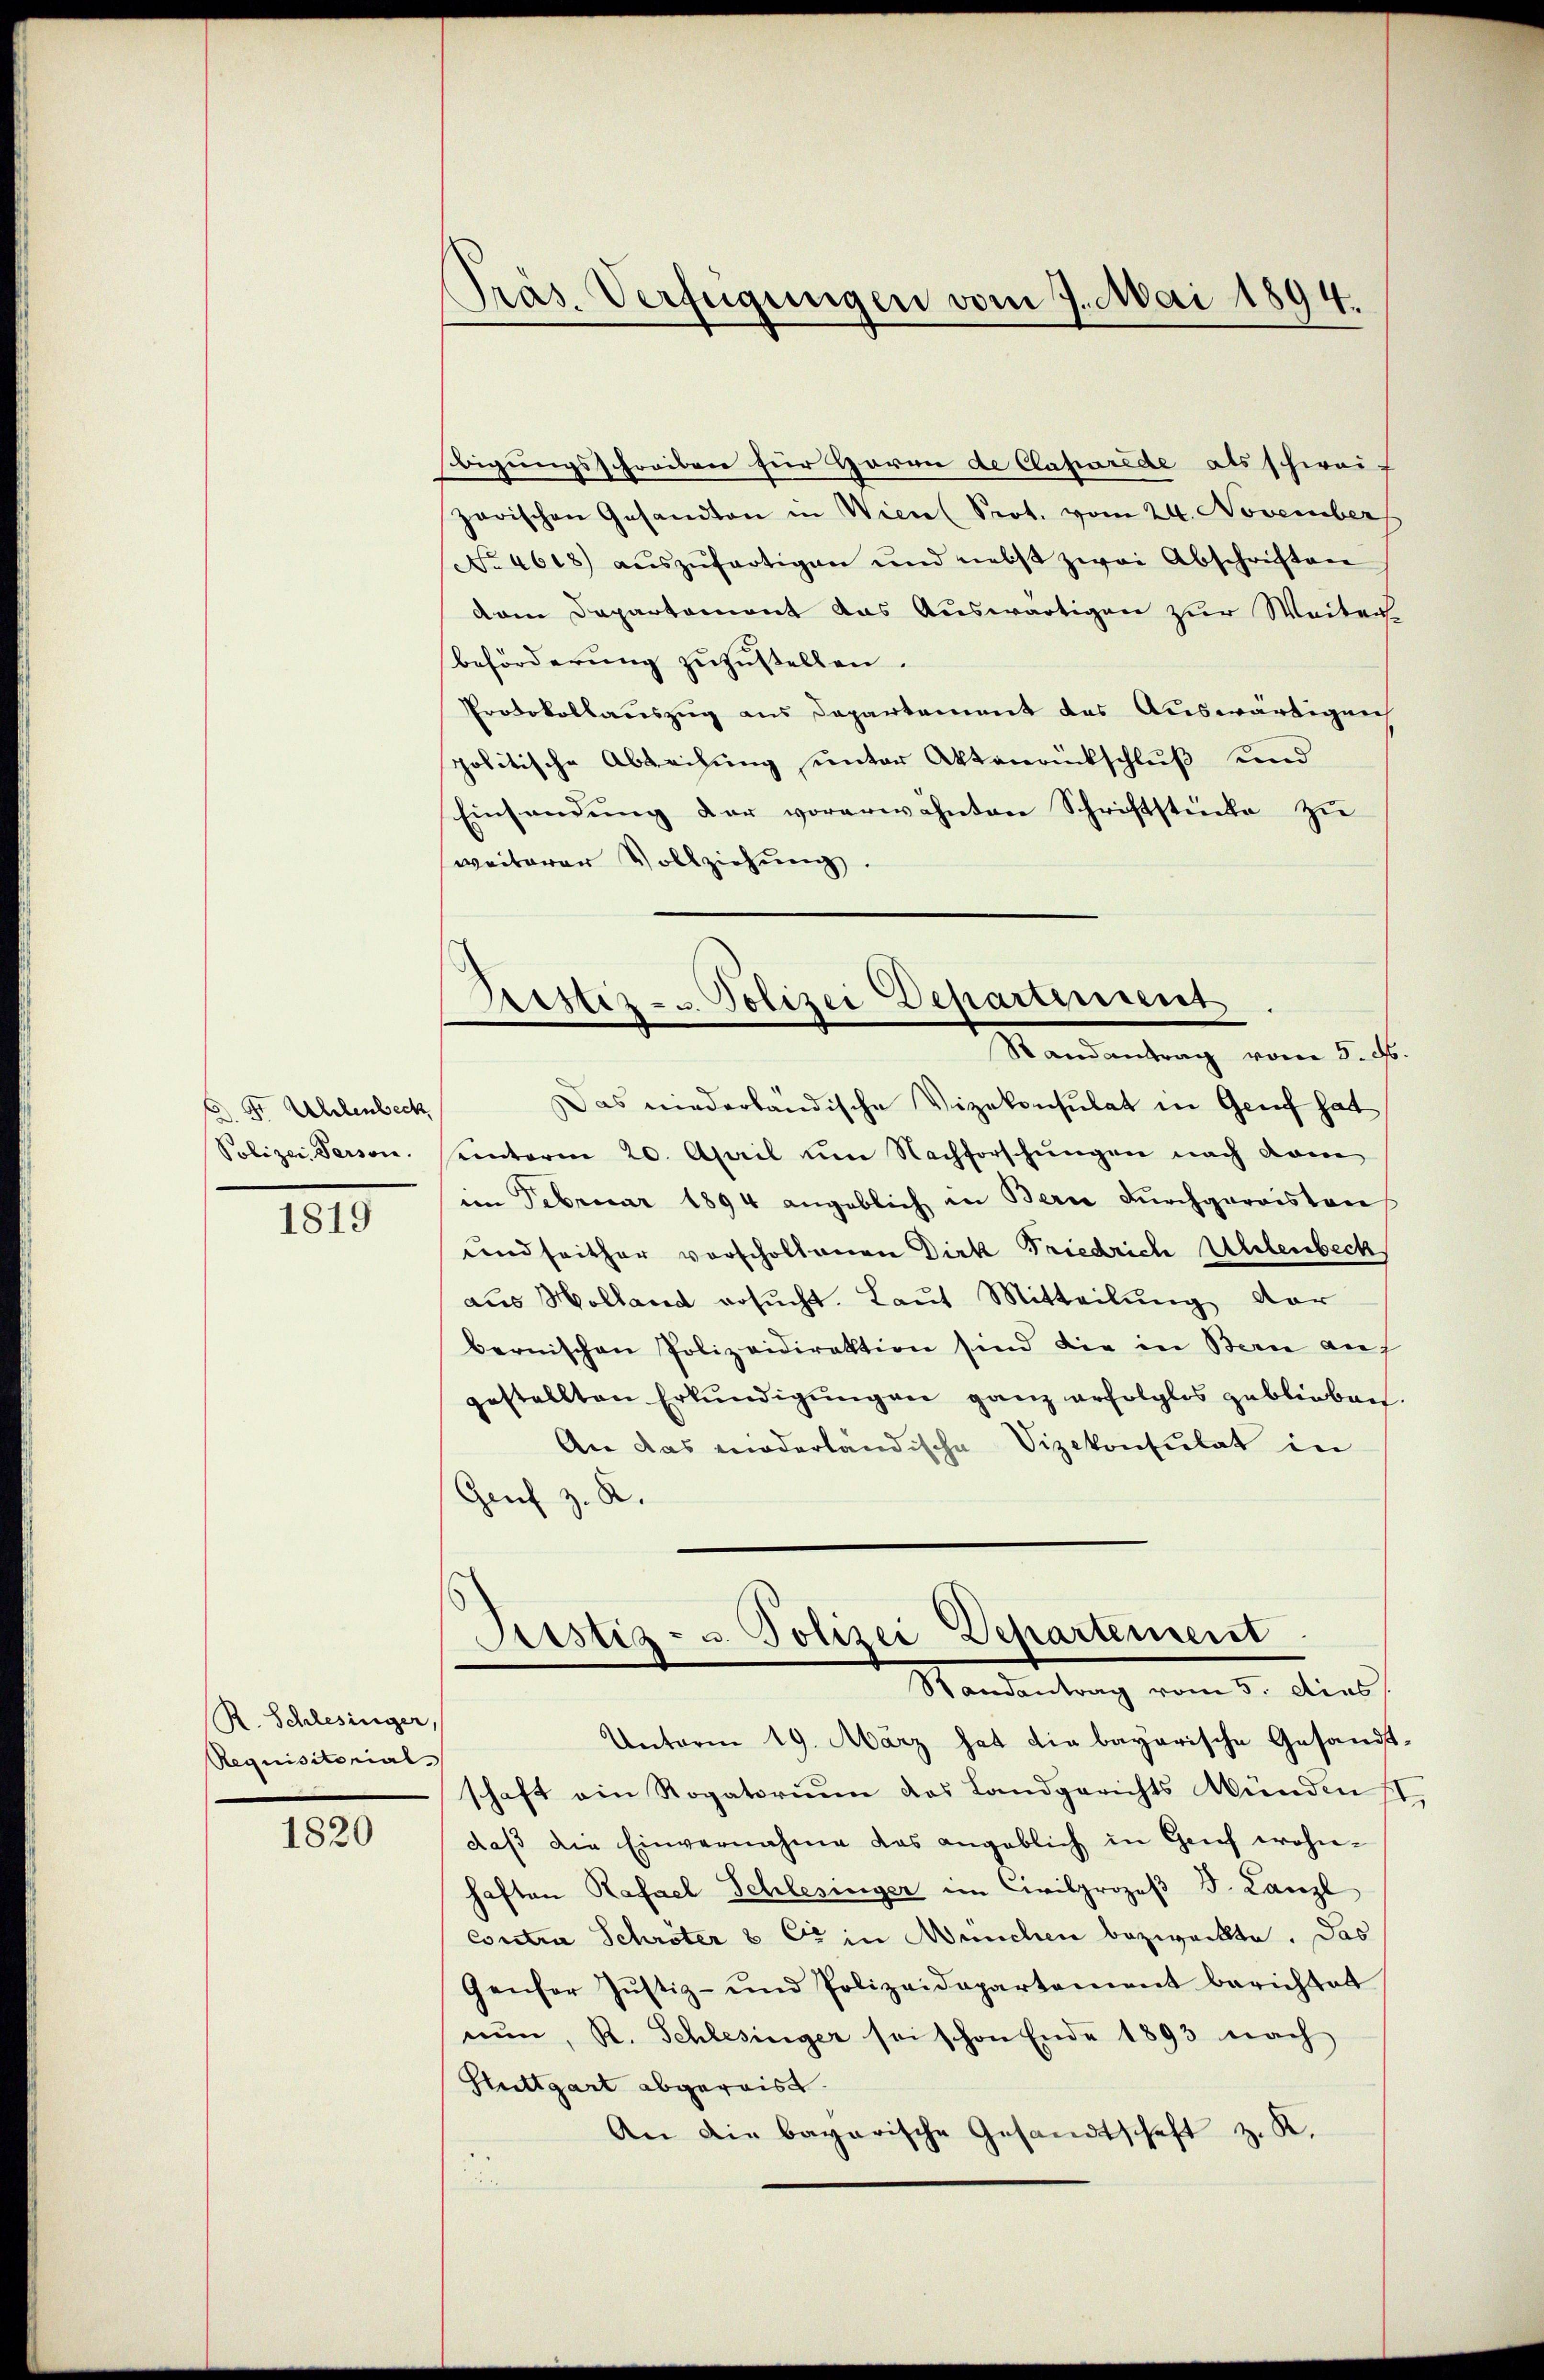
C.Fr Uhlenbeck
Polizei Persone.

1819

R. Schlesinger,
Requisitorial

1820

Präs. Verfügungen vom 7. Mai 1894.

bigungsschreiben für Herrn de Classurede als schweif
zarischen Gesandten in Wien (Seot. vom 24. November
No 4618 aŭszŭfertigen und nebst zwei Abschriften
dam Departement das Auswärtigen zur Weiten
beförderung zuzustellen.
Prodekollauszug aus Departement des Auswärtigen
politische Abbrechung unter Aktenantschluß und
Einsendung der vorerwähnten Schriftstücke zu
weiterer Vollziehung.
Das niederländische Vizekonsulat in Genf hat
sainterm 20. April um Nachforschungen nach dam
im Februar 1894 angeblich in Bern durchgarvisten
und seither vorscholtenen Dick Friedrich Uhlenbeck
aus Holland ersŭcht. Laut Mitteilung dar
bernischen Polizeidirektion sind die in Berne auf
gestellten Erkundigungen ganz erfolglos geblieben.
An das moderländische Vizekonsulat in
Gruf z. K.
Justiz- u. Polizei Departement
Randantrag vom 5. dies
Unterm 19. März hat die bayerische Gesandtschaft ein Rogatorium des Landgerichts Münden II.
daβ die Einvernahme das angeblich in Genf wohnhaften Rafael Schlesinger im Civilprozeß d. Lanzl
Coretia Schröter & Er in München bezweckte. Das
Gensor Jŭstiz- und Polizeidepartement berichtet
nŭn, R. Schlesinger sei schon Ende 1893 nach
Stuttgart abgereist.
An die bagarische Gesandtschaft z. K.
d

Ristiz- u. Polizei Departement
Randantrag vom 5. d.